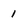
Character: 1